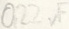
Text: 0,22µF